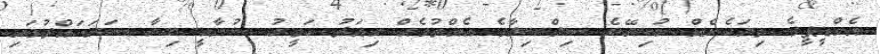
އެމްޑީޕީގެ ތިޔަހެނެއް ނުކިޔޭނެ ސިލްސިލާގެ އެއްވުމެއް މިއަދު ހަވީރު ސުނާމީ ބިނާ ސަރަހައްދުގައި